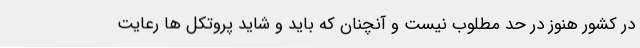
در کشور هنوز در حد مطلوب نیست و آنچنان که باید و شاید پروتکل ها رعایت